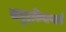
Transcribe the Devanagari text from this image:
समुद्रकिनाऱ्याचे